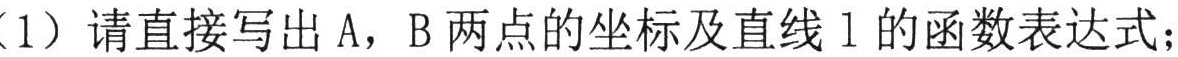
（1）请直接写出\(A\)，\(B\)两点的坐标及直线\(l\)的函数表达式；